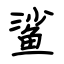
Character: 鲨